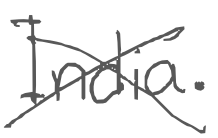
Text: India.
Cross-out: mix
Writing tool: digital_gray